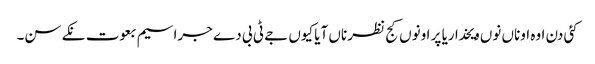
کئی دن اوہ اوناں نوں ویخدا ریا پر اونوں کج نظر ناں آیا کیوں جے ٹی بی دے جراسیم بعوت نکے سن۔